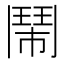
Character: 鬧